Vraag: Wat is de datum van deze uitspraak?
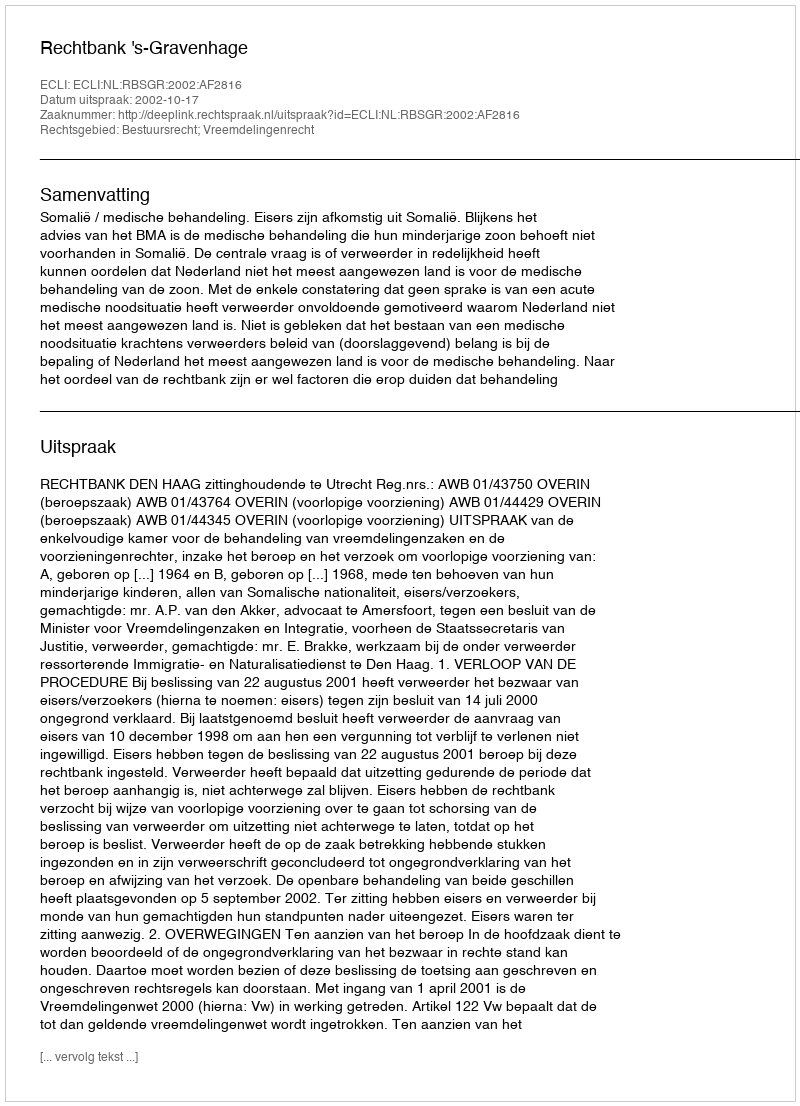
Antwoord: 2002-10-17